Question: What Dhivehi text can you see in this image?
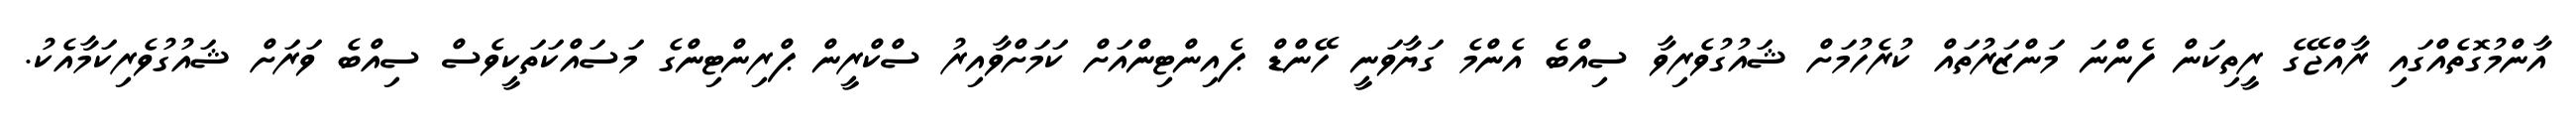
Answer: އާންމުގޮތެއްގައި ރާއްޖޭގެ ރީތިކަން ފެންނަ މަންޒަރުތައް ކުރެހުމަށް ޝައުގުވެރިވާ ސިއްބެ އެންމެ ގަޔާވަނީ ހޭންޑް ޕެއިންޓިންއަށް ކަމަށްވާއިރު ސްކްރީން ޕްރިންޓިންގެ މަސައްކަތަކީވެސް ސިއްބެ ވަރަށް ޝައުގުވެރިކަމާއެކު.